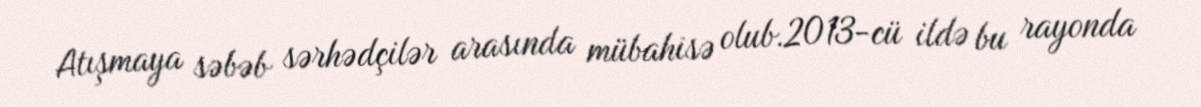
Atışmaya səbəb sərhədçilər arasında mübahisə olub.2013-cü ildə bu rayonda